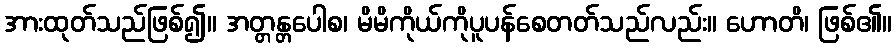
အားထုတ်သည်ဖြစ်၍။ အတ္တန္တပေါစ၊ မိမိကိုယ်ကိုပူပန်စေတတ်သည်လည်း။ ဟောတိ၊ ဖြစ်၏။